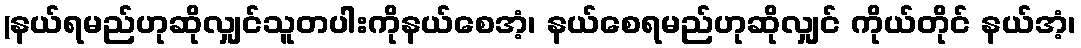
(နယ်ရမည်ဟုဆိုလျှင်သူတပါးကိုနယ်စေအံ့၊ နယ်စေရမည်ဟုဆိုလျှင် ကိုယ်တိုင် နယ်အံ့၊